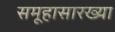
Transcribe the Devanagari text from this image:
समूहासारख्या